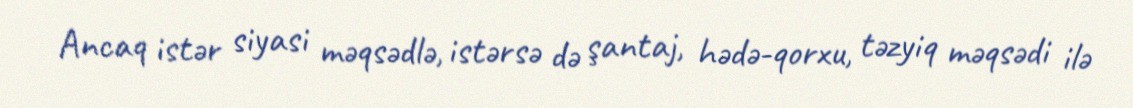
Ancaq istər siyasi məqsədlə, istərsə də şantaj, hədə-qorxu, təzyiq məqsədi ilə